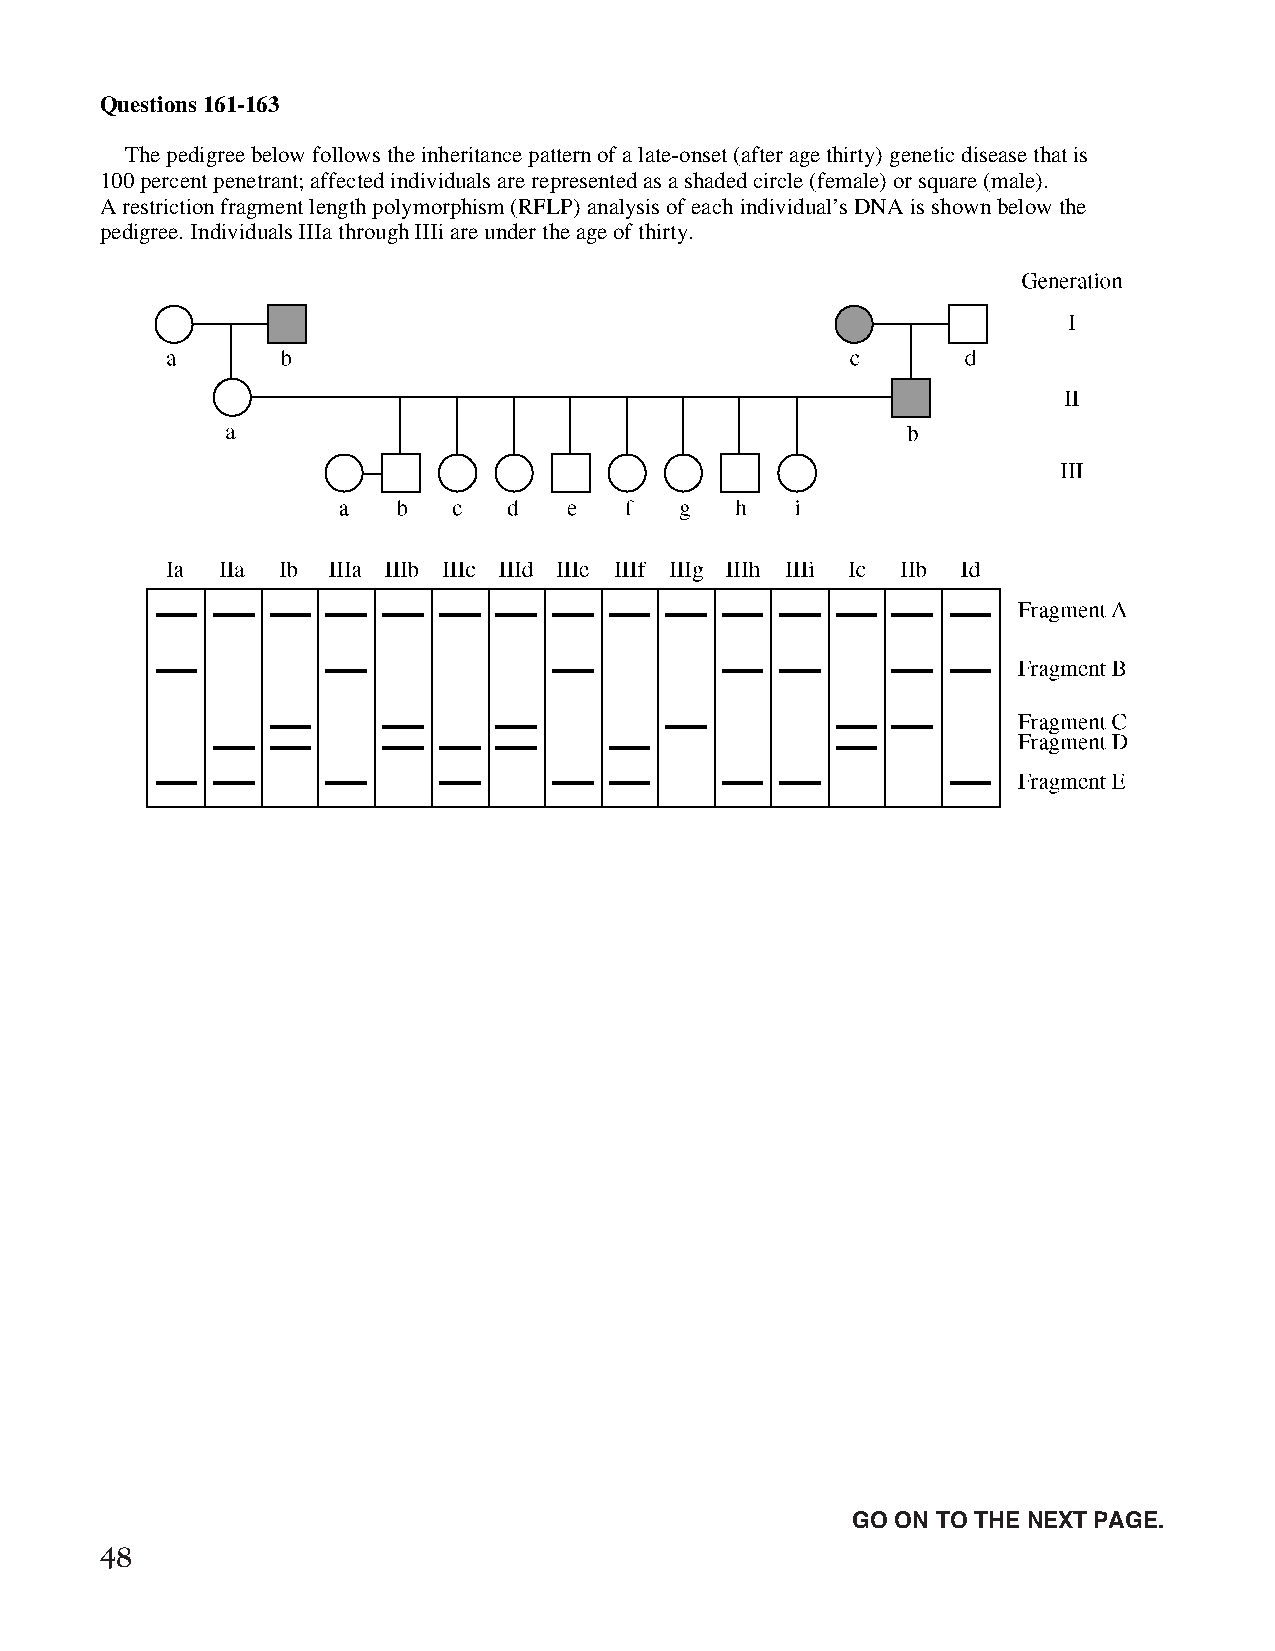
Questions 161-163
 The pedigree below follows the inheritance pattern of a late-onset (after age thirty) genetic disease that is
 100 percent penetrant; affected individuals are represented as a shaded circle (female) or square (male).
 A restriction fragment length polymorphism (RFLP) analysis of each individual’s DNA is shown below the
 pedigree. Individuals IIIa through IIIi are under the age of thirty.
 Unauthorized copying or reuse of
 any part of this page is illegal.               GO ON TO THE NEXT PAGE.
 48
 GO ON TO THE NEXT PAGE.
 -40-
 007884-72507 GRE Biochemistry Test Practise Book • Dr01 4/17/08 ta • Dr02 5/7/08 ta • Dr03 5/20/08 ta • [NEW 108353] • CS6 • Dr01 5/1/15 jw • [New
 Job] 007884-113203 Drft01 3/22/16 ew